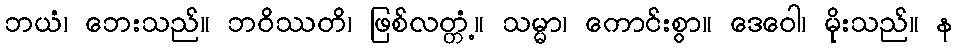
ဘယံ၊ ဘေးသည်။ ဘဝိဿတိ၊ ဖြစ်လတ္တံ့။ သမ္မာ၊ ကောင်းစွာ။ ဒေဝေါ၊ မိုးသည်။ န